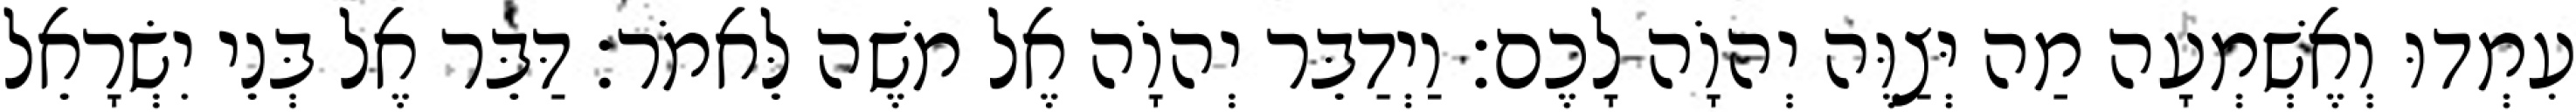
עִמְדוּ וְאֶשְׁמְעָה מַה יְּצַוֶּה יְהוָֹה לָכֶם׃ וַיְדַבֵּר יְהוָֹה אֶל משֶׁה לֵּאמֹר׃ דַּבֵּר אֶל בְּנֵי יִשְׂרָאֵל